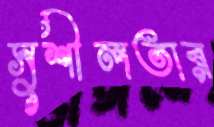
সুশীলতার